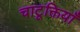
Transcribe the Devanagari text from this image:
चाटूक्तियाँ